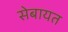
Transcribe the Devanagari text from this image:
सेबायत